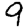
Digit: 9